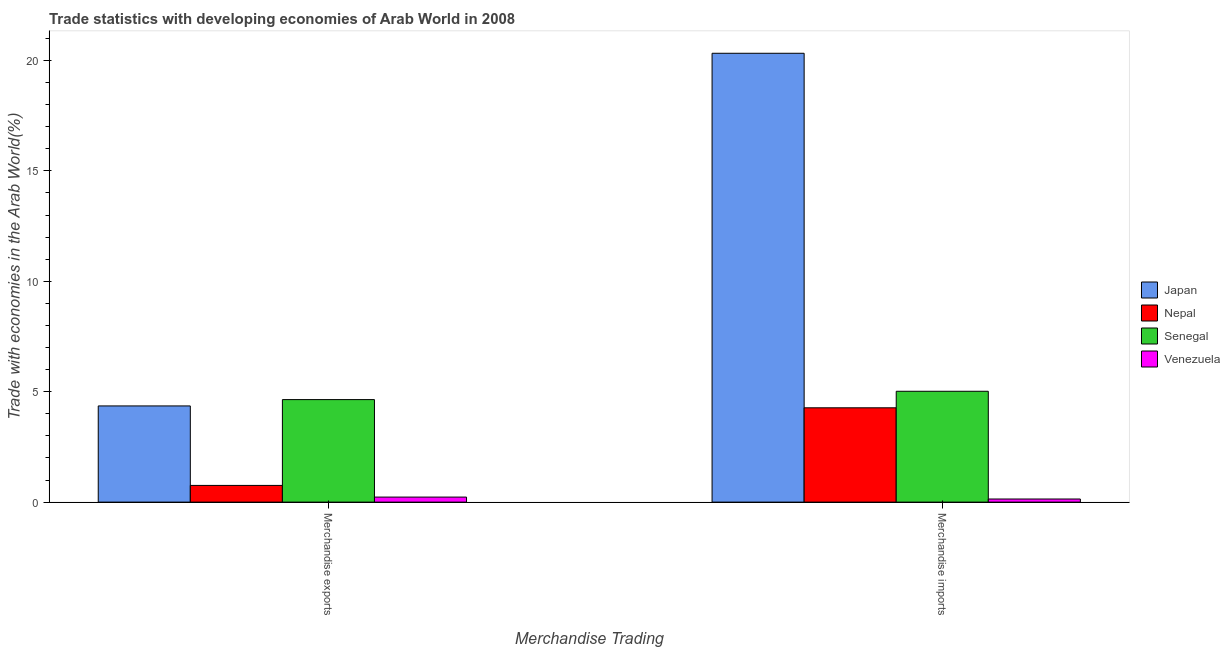
| Merchandise Trading | Japan | Nepal | Senegal | Venezuela |
 | --- | --- | --- | --- | --- |
 | Merchandise exports | 4.36 | 0.757 | 4.64 | 0.228 |
 | Merchandise imports | 20.3 | 4.27 | 5.02 | 0.141 |